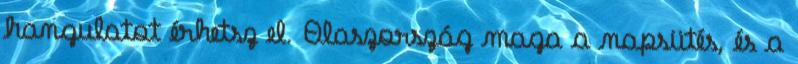
hangulatot érhetsz el. Olaszország maga a napsütés, és a